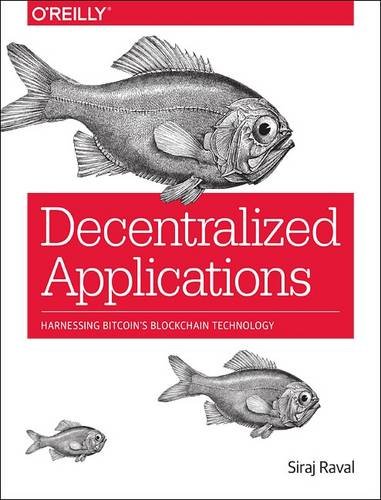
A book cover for Decentralized Applications: Harnessing Bitcoin's Blockchain Technology; Siraj Raval; Computers & Technology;